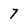
Character: 7